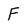
Character: F